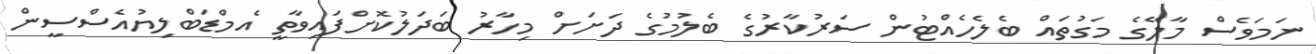
ނަމަވެސް މާލޭގެ މަގުތައް ބެލެހެއްޓުން ސަރުކާރުގެ ބެލުމުގެ ދަށަށް މިހާރު ބަދަލުކޮށްފައިވާތީ އެމްޑަބްލިޔުއެސްސީން